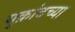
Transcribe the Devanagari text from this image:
युक्रांदच्या